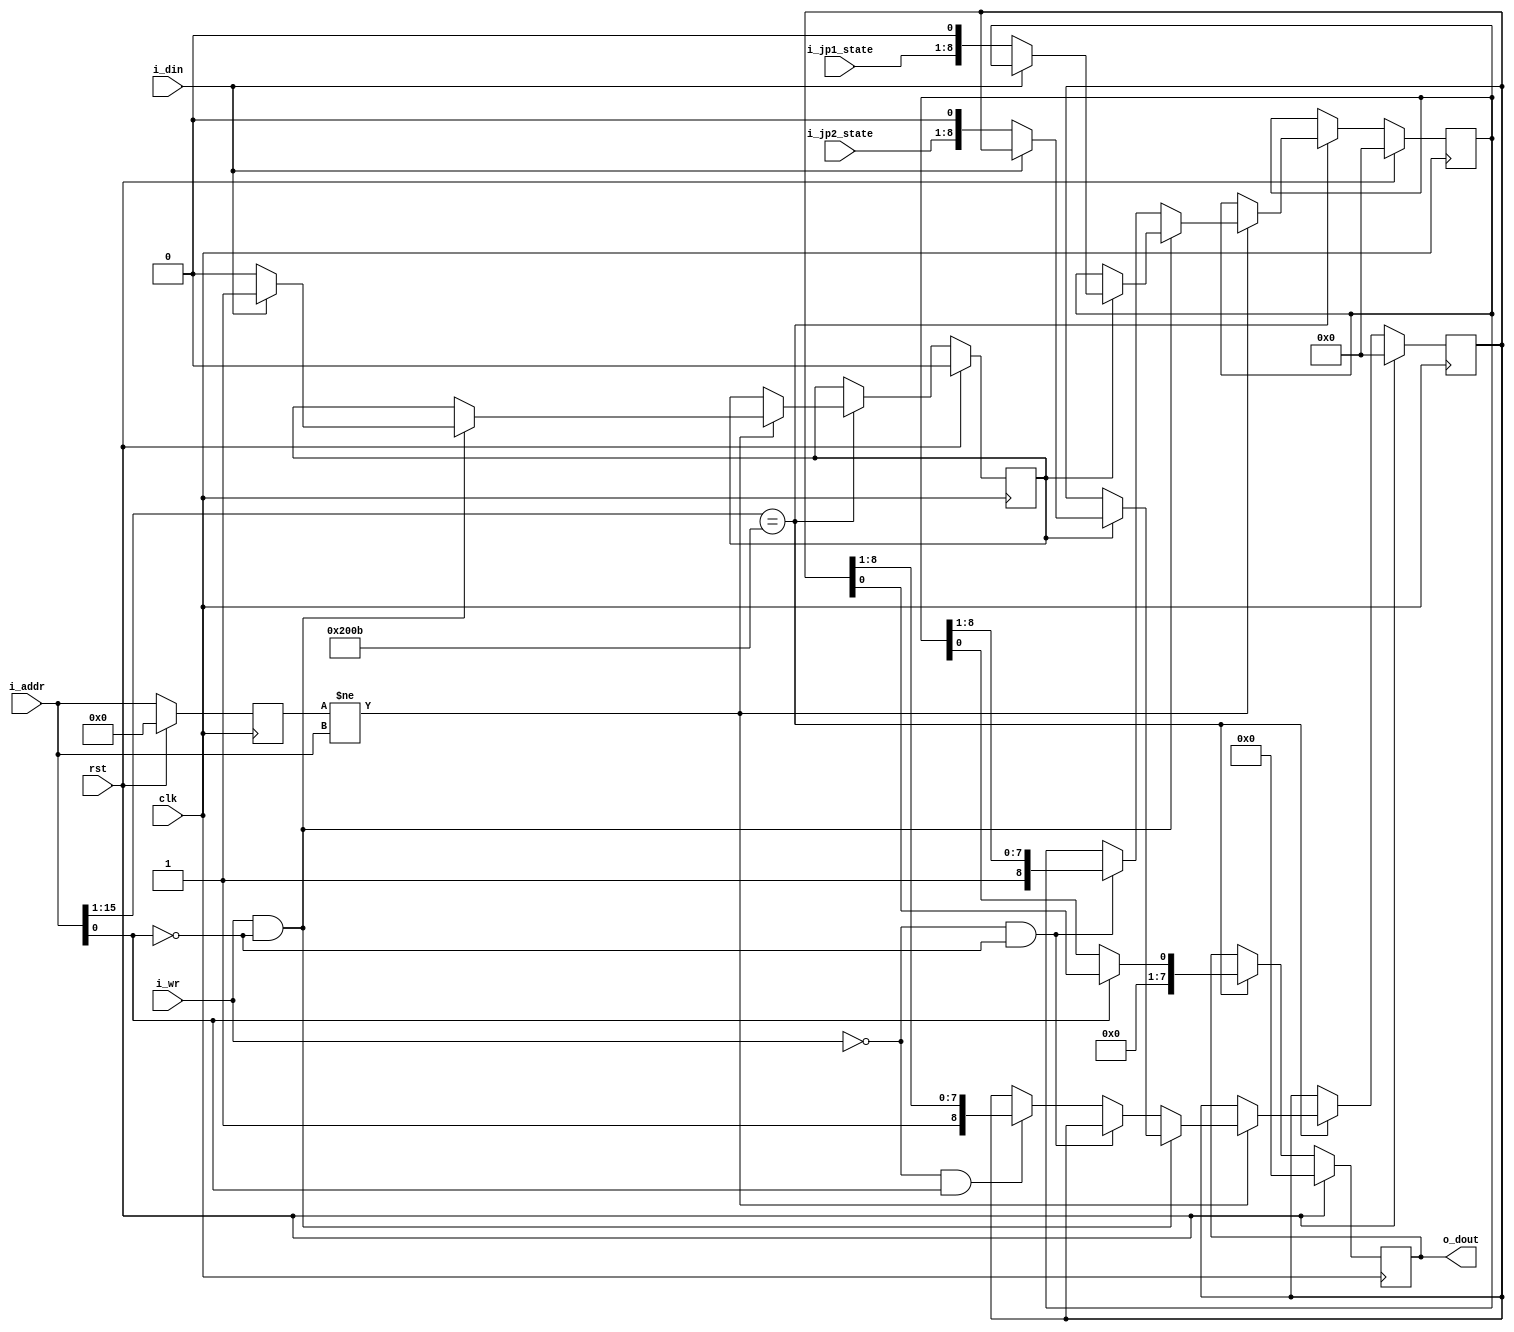
/***************************************************************************************************
** fpga_nes/hw/src/cpu/jp.v
*
*  Copyright (c) 2012, Brian Bennett
*  All rights reserved.
*
*  Redistribution and use in source and binary forms, with or without modification, are permitted
*  provided that the following conditions are met:
*
*  1. Redistributions of source code must retain the above copyright notice, this list of conditions
*     and the following disclaimer.
*  2. Redistributions in binary form must reproduce the above copyright notice, this list of
*     conditions and the following disclaimer in the documentation and/or other materials provided
*     with the distribution.
*
*  THIS SOFTWARE IS PROVIDED BY THE COPYRIGHT HOLDERS AND CONTRIBUTORS "AS IS" AND ANY EXPRESS OR
*  IMPLIED WARRANTIES, INCLUDING, BUT NOT LIMITED TO, THE IMPLIED WARRANTIES OF MERCHANTABILITY AND
*  FITNESS FOR A PARTICULAR PURPOSE ARE DISCLAIMED. IN NO EVENT SHALL THE COPYRIGHT OWNER OR
*  CONTRIBUTORS BE LIABLE FOR ANY DIRECT, INDIRECT, INCIDENTAL, SPECIAL, EXEMPLARY, OR CONSEQUENTIAL
*  DAMAGES (INCLUDING, BUT NOT LIMITED TO, PROCUREMENT OF SUBSTITUTE GOODS OR SERVICES; LOSS OF USE,
*  DATA, OR PROFITS; OR BUSINESS INTERRUPTION) HOWEVER CAUSED AND ON ANY THEORY OF LIABILITY,
*  WHETHER IN CONTRACT, STRICT LIABILITY, OR TORT (INCLUDING NEGLIGENCE OR OTHERWISE) ARISING IN ANY
*  WAY OUT OF THE USE OF THIS SOFTWARE, EVEN IF ADVISED OF THE POSSIBILITY OF SUCH DAMAGE.
*
*  Joypad controller block.
***************************************************************************************************/

module jp(
  input              clk,         // 100MHz system clock signal
  input              rst,         // reset signal

  input              i_wr,         // i_write enable signal
  input       [15:0] i_addr,       // 16-bit memory i_address
  input              i_din,        // data input bus
  output reg  [7:0]  o_dout,       // data output bus

  input       [7:0]  i_jp1_state,  //state of the joy pad 1
  input       [7:0]  i_jp2_state   //state of the joy pad 2
);

//Local Parameters
localparam [15:0] JOYPAD1_MMR_ADDR = 16'h4016;
localparam [15:0] JOYPAD2_MMR_ADDR = 16'h4017;

//Registers/Wires
reg   [15:0]          r_prev_addr;
wire                  w_new_addr;
reg                   r_wrote_1_flag;
reg   [8:0]           r_jp1_state;
reg   [8:0]           r_jp2_state;

//Submodules
//Asynchronous Logic
assign  w_new_addr  = (r_prev_addr != i_addr);
//Synchronous Logic

always @ (posedge clk) begin
  if (rst) begin
    o_dout                  <=  0;
    r_prev_addr             <=  0;
    r_wrote_1_flag          <=  0;
    r_jp1_state             <=  0;
    r_jp2_state             <=  0;
  end
  else begin
    //Only process a command when i_address changes from not this i_address to this i_address
    if (i_addr[15:1] == JOYPAD1_MMR_ADDR[15:1]) begin
      //User has accessed the joypad register(s), depeni_ding on the last
      //bit send the appropriate joystick information (1 or 2)
      o_dout              <= { 7'h00, ((i_addr[0]) ? r_jp2_state[0] : r_jp1_state[0]) };
      if (w_new_addr) begin
        if (i_wr && !i_addr[0]) begin
          if (!r_wrote_1_flag) begin
            if (i_din == 1'b1) begin
              r_wrote_1_flag    <= 1;
            end
          end
          else begin
            if (i_din == 1'b0) begin
              r_wrote_1_flag    <=  0;
              r_jp1_state     <=  {i_jp1_state, 1'b0};
              r_jp2_state     <=  {i_jp2_state, 1'b0};
            end
          end
        end
        //Shift appropriate JP read state on every read, after 8 reads, all subsequent reads should be 1
        else if (!i_wr && !i_addr[0]) begin
          r_jp1_state         <=  {1'b1, r_jp1_state[8:1]};
        end
        else if (!i_wr && i_addr[0]) begin
          r_jp2_state         <=  {1'b1, r_jp2_state[8:1]};
        end
      end
    end
    r_prev_addr             <=  i_addr;
  end
end
endmodule